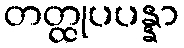
တတ္ထုပပန္နာ